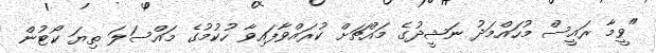
"ވީމާ ރައީސް މުހައްމަދު ނަޝީދުގެ މައްޗަށް ކުރައްވާފައިވާ ހުކުމުގެ މައްސަލަ ތިޔަ ކޯޓުން